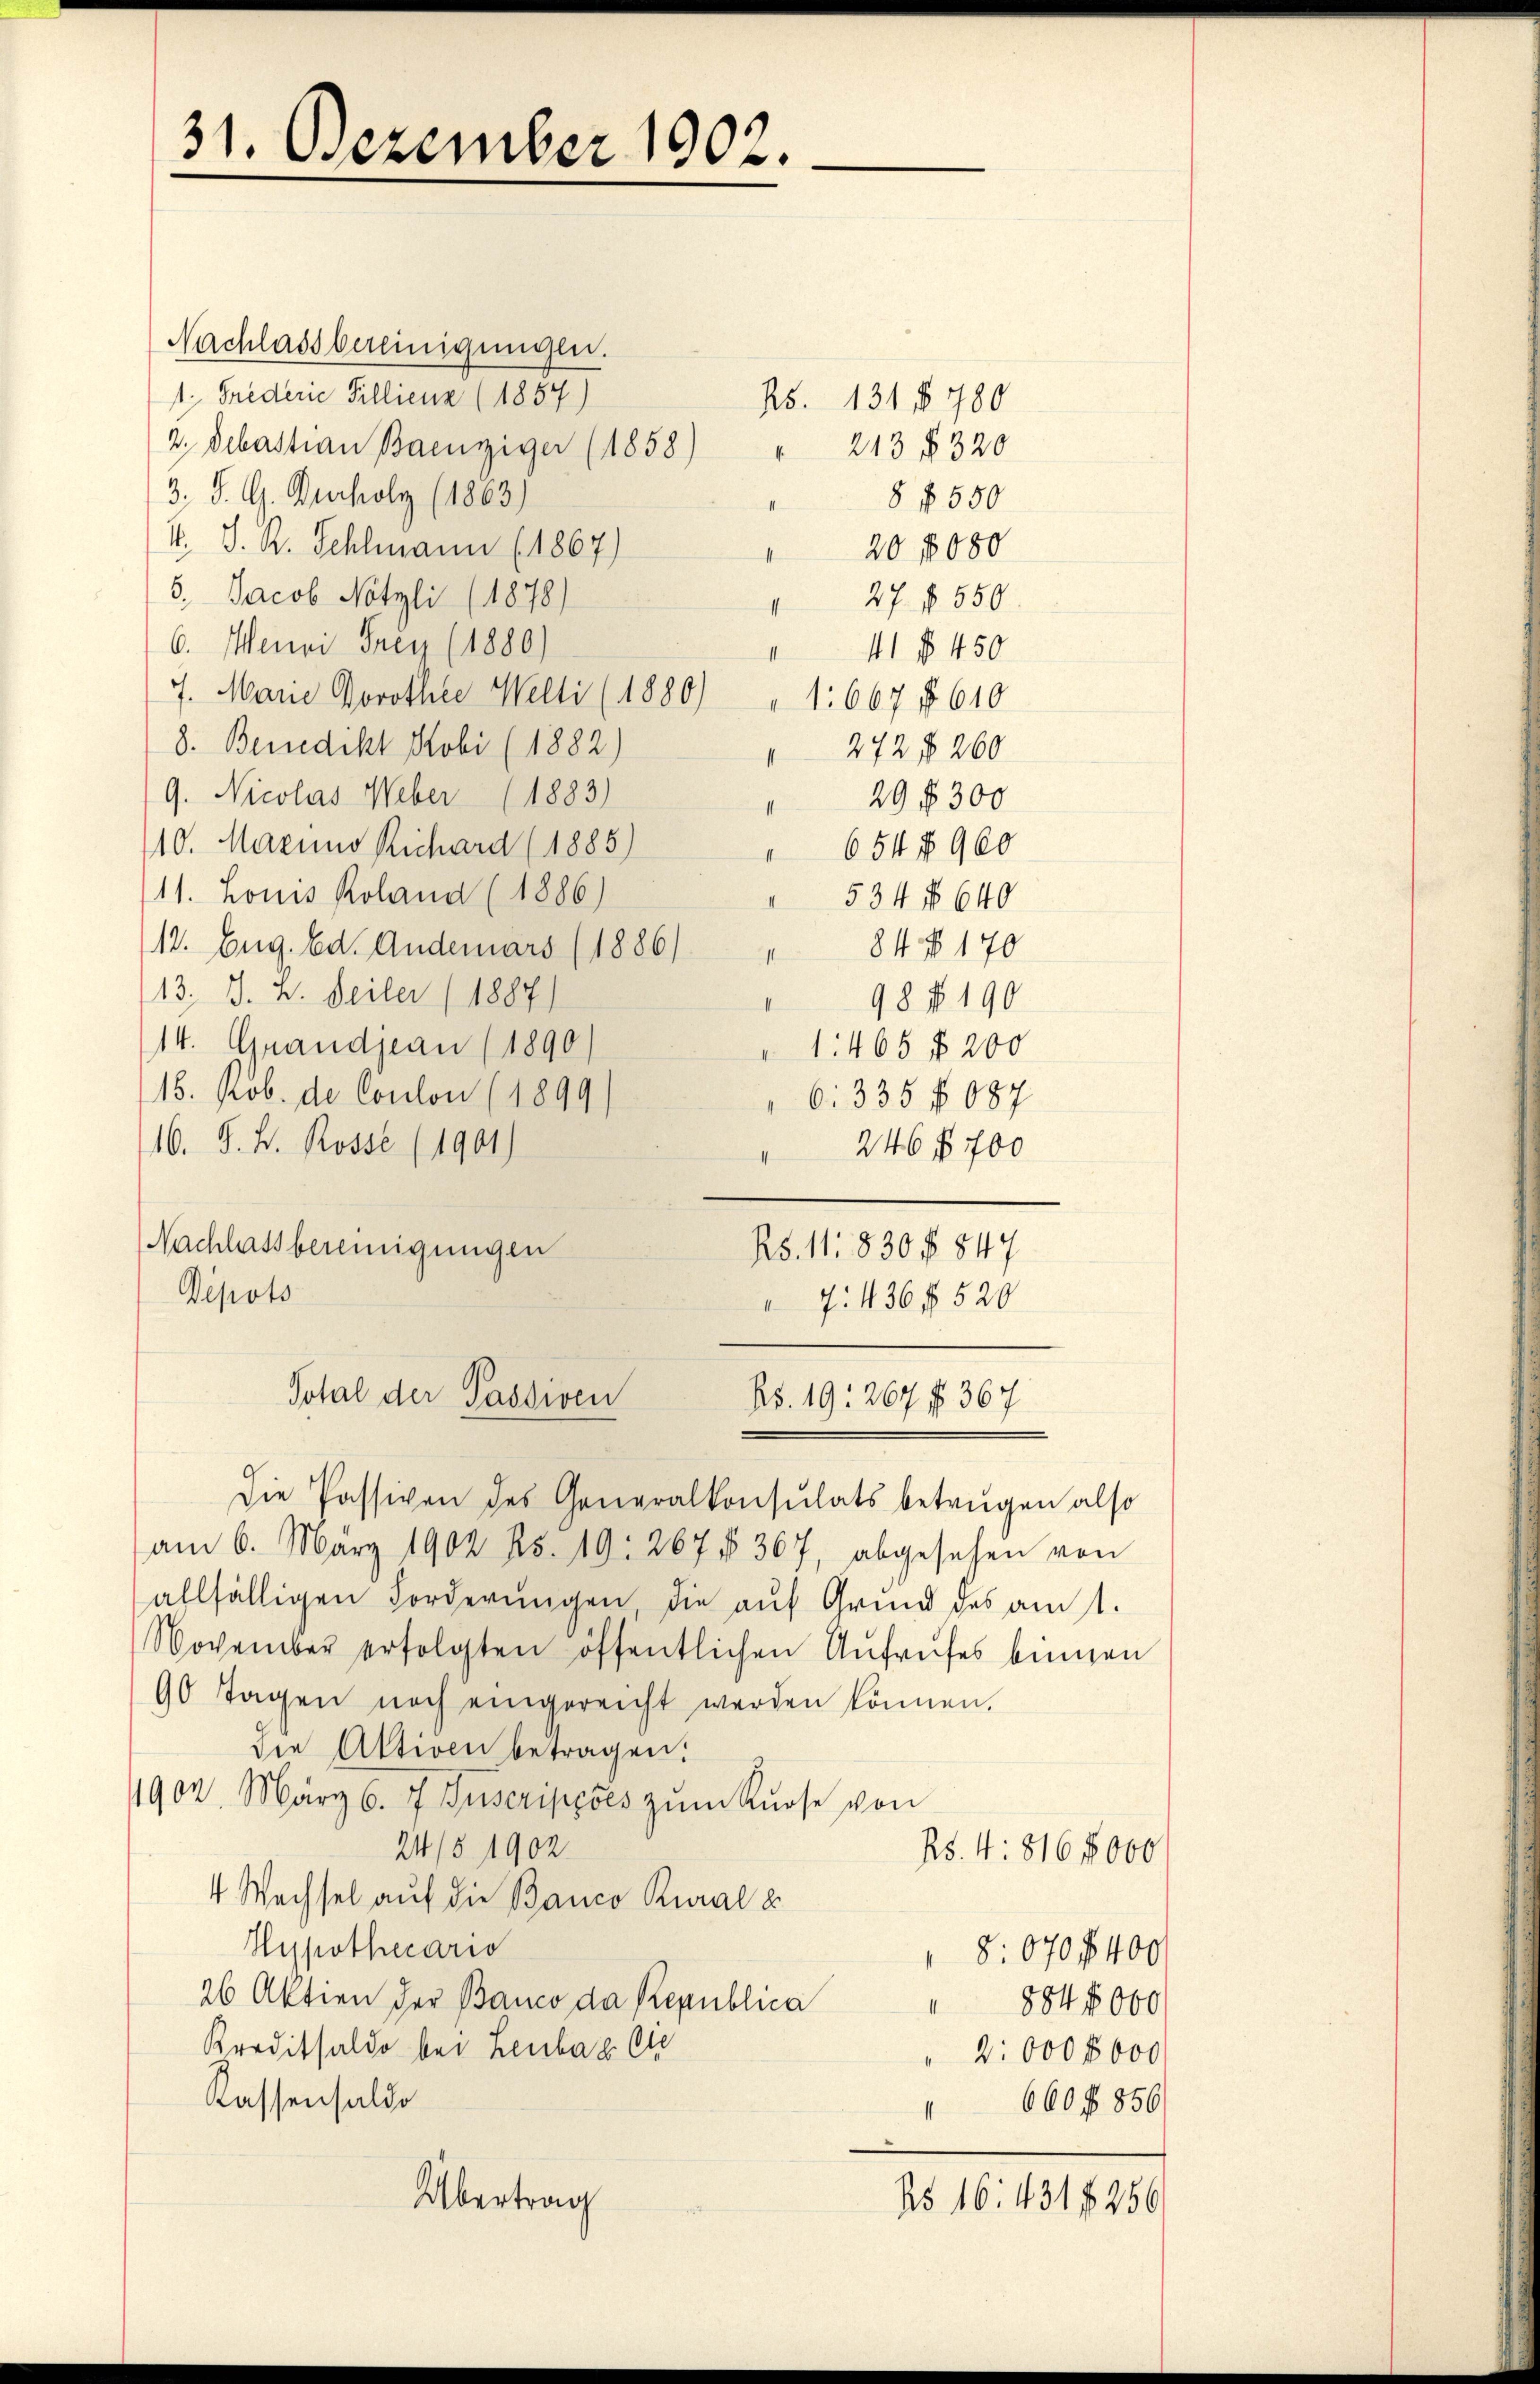
Nachlassbereinigungen.
1. Grederie Pillicus (1857)
2. Sebastian Baeuniger (1858)
213 f 320
4
3. d. G. Ducholz (1863)
8 f 550
20 f 080
4. S. R. Schlmann (1867)
5. Jacob Nötzli (1878)
 27 f 550.
6. Wenn Frey (1880)
41 f 450
II
7. Marie Dorothee Welti (1880) " 1667 f. 610
8. Benedikt Hobi (1882)
 272 f 260
G. Nicolas Weber (1883)
29 f 300
110. Mazins Richard (1885)
654 § 960
11. Louis Koland (1886)
 534 § 640
12. Aug. Ed. Anderars (1886/ " 84 f. 170
13. J. B. Seiler (1887
98 f 190
I
14. Grandjean (1890.)
1:465 f 200
18. Rob. de Coulon (1899
6. 335 f 087
16. J. H. Rosse (1901)
" 246 f. 700
Nachlassbereinigungen
R5.11. 830 f 847
Depots
7. 436 f 520

31. Dezember 1902.

Total der Passiven
RS. 19: 267 f 367

Die Passiven des Generalkonsulats betrugen also
am 6. März 1902 Rs. 19: 267 f 367, abgesehen von
allfälligen Forderŭngen, die auf Grund des am 1.
November erfolgten öffentlichen Aufrufes binnen
90 Tagen noch eingereicht werden können.
die Aktiven betragen:
1902. März 6. 7. Juscriperes zŭm Kurse von
24/5 1902.
25. 4: 816 5000
4 Wechsel auf die Banco Rural e
Hypothecario
8:070 f 400
26 Aktien der Banco da Republica " 884 5000
Kreditsaldo bei Lenbar die
2:0000000
Kassensaldo
 660 f. 850
Übertrag
N5 16: 431 f 286

ps. 131 f. 780